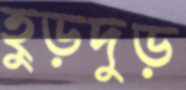
হুড়দুড়